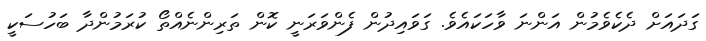
ގަދައަށް ދެކެވެމުން އަންނަ ވާހަކައެވެ. ގަވައިދުން ފެންވަރަނީ ކޮން ތަރިންނެއްތޯ ކުރަމުންދާ ބަހުސަކީ